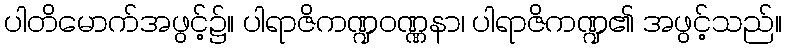
ပါတိမောက်အဖွင့်၌။ ပါရာဇိကဏ္ဍဝဏ္ဏနာ၊ ပါရာဇိကဏ္ဍ၏ အဖွင့်သည်။